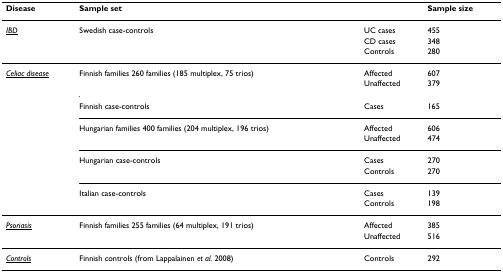
<table><thead><tr><td><b>Disease</b></td><td><b>Sample set</b></td><td></td><td><b>Sample size</b></td></tr></thead><tbody><tr><td><i><underline>IBD</underline></i></td><td>Swedish case-controls</td><td>UC cases</td><td>455</td></tr><tr><td></td><td></td><td>CD cases</td><td>348</td></tr><tr><td></td><td></td><td>Controls</td><td>280</td></tr><tr><td><i><underline>Celiac disease</underline></i></td><td>Finnish families 260 families (185 multiplex, 75 trios)</td><td>Affected</td><td>607</td></tr><tr><td></td><td></td><td>Unaffected</td><td>379</td></tr><tr><td></td><td>Finnish case-controls</td><td>Cases</td><td>165</td></tr><tr><td></td><td>Hungarian families 400 families (204 multiplex, 196 trios)</td><td>Affected</td><td>606</td></tr><tr><td></td><td></td><td>Unaffected</td><td>474</td></tr><tr><td></td><td>Hungarian case-controls</td><td>Cases</td><td>270</td></tr><tr><td></td><td></td><td>Controls</td><td>270</td></tr><tr><td></td><td>Italian case-controls</td><td>Cases</td><td>139</td></tr><tr><td></td><td></td><td>Controls</td><td>198</td></tr><tr><td><i><underline>Psoriasis</underline></i></td><td>Finnish families 255 families (64 multiplex, 191 trios)</td><td>Affected</td><td>385</td></tr><tr><td></td><td></td><td>Unaffected</td><td>516</td></tr><tr><td><i><underline>Controls</underline></i></td><td>Finnish controls (from Lappalainen <i>et al. </i>2008)</td><td>Controls</td><td>292</td></tr></tbody></table>